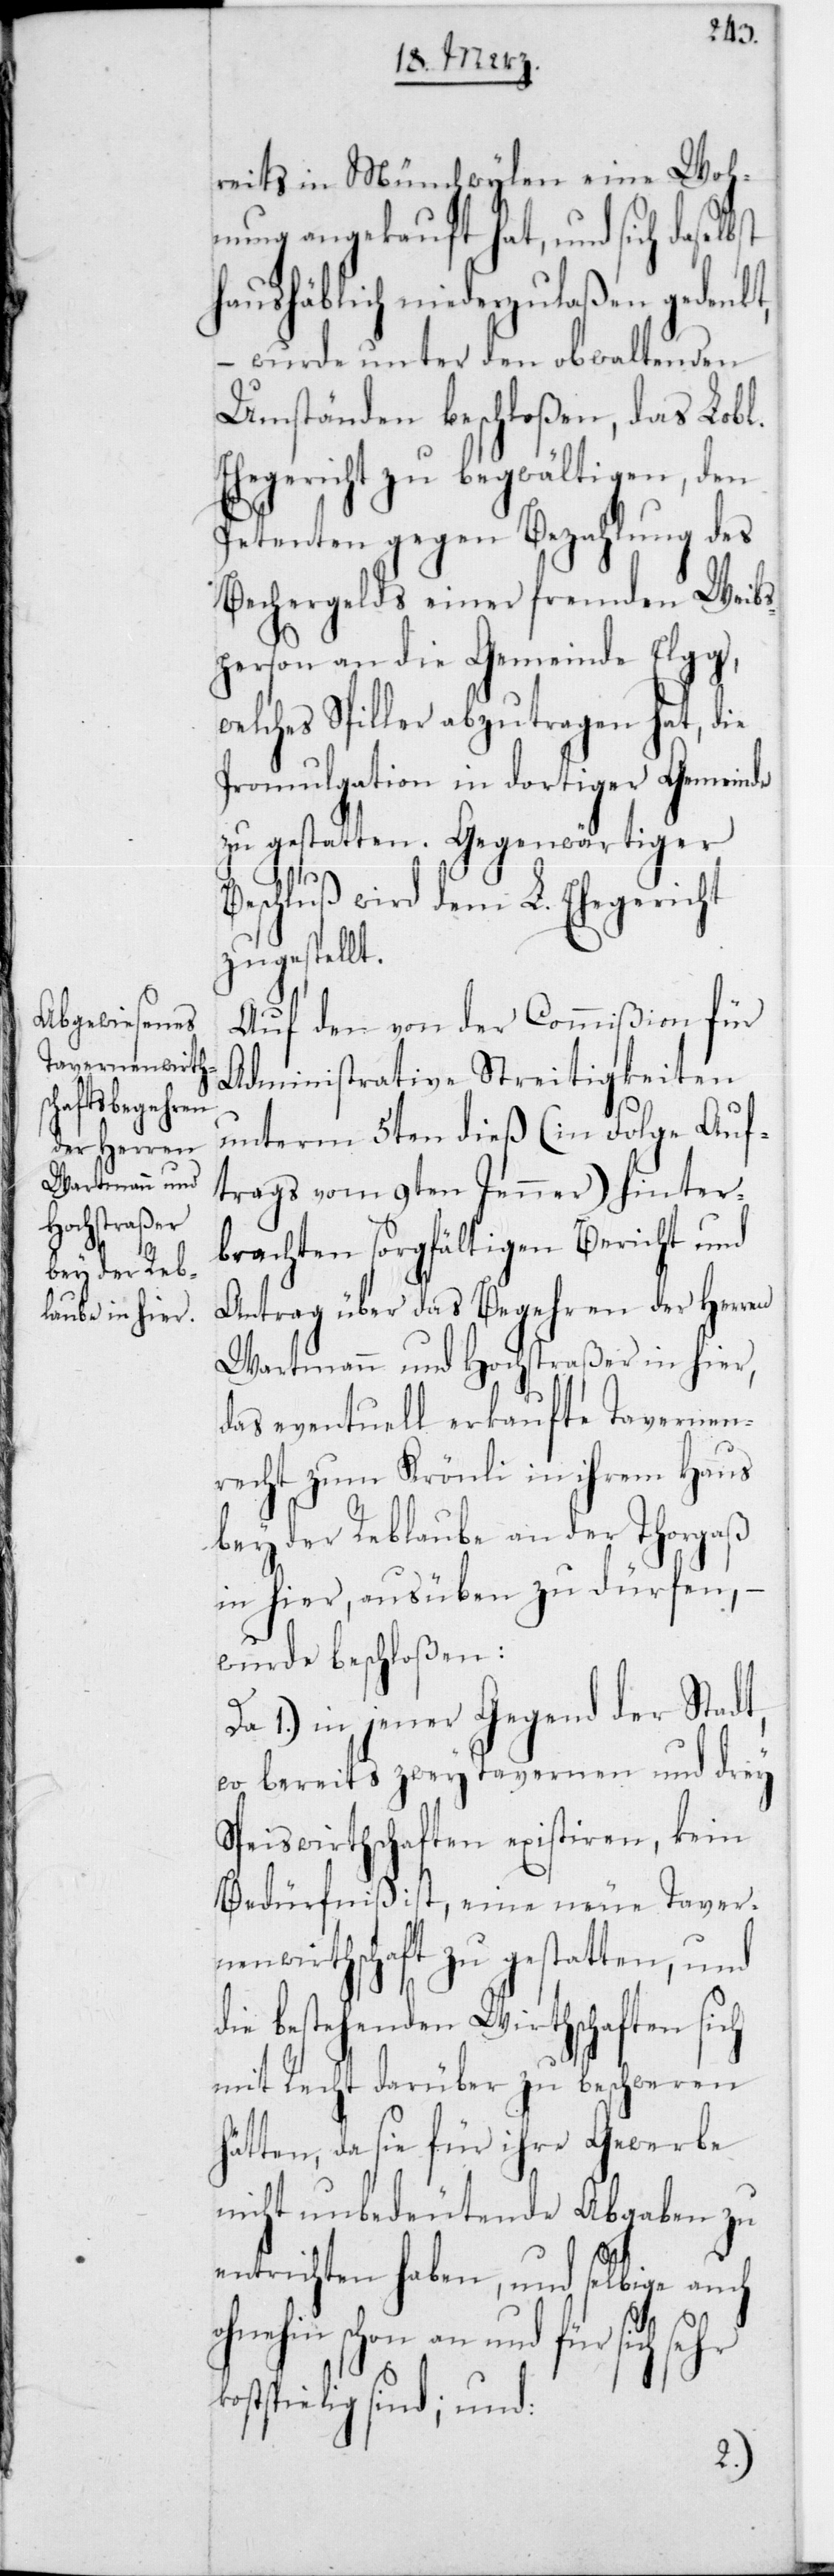
reits in Münchwylen eine Woh¬
nung angekauft hat, und sich daselbst
haushäblich niederzulaßen gedenkt,
– wurde unter den obwaltenden
Umständen beschloßen, das Lobl.
Ehegericht zu begwältigen, den
Petenten gegen Bezahlung des
Bechergelds einer fremden Weibs¬
person an die Gemeinde Elgg,
welches Spiller abzutragen hat, die
Promulgation in dortiger Gemeinde
Beschluß wird dem L. Ehegericht
zugestellt.
Auf den von der Commißion für
Administrative Streitigkeiten
unterm 5ten dieß (in Folge Auf¬
trags vom 9ten Jenner) hinter¬
brachten sorgfältigen Bericht und
Antrag über das Begehren der Herren
Wartmann und Hochstraßer in hier,
das eventuell erkaufte Tavernen¬
recht zum Krönli in ihrem Haus
bey der Reblaube an der Thorgaß
in hier, ausüben zu dürfen, –
wurde beschloßen:
Da 1.) in jener Gegend der Stadt,
wo bereits zwey Tavernen und drey
Speisewirthschaften existiren, kein
Bedürfniß ist, eine neue Taver¬
nenwirthschaft zu gestatten, und
die bestehenden Wirthschaften sich
mit Recht darüber zu beschweren
hätten, da sie für ihre Gewerbe
nicht unbedeutende Abgaben zu
entrichten haben, und selbige auch
schon an und für sich sehr
kostspielig sind, und: